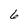
Character: 6